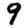
Digit: 9